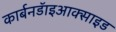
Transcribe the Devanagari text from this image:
कार्बनडॅाइआक्साइड